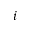
i